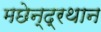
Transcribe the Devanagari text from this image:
मछेन्‍द्रथान